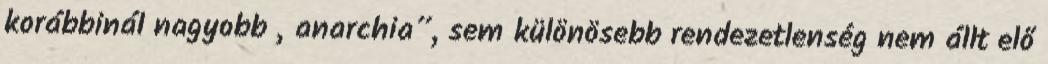
korábbinál nagyobb „anarchia”, sem különösebb rendezetlenség nem állt elő